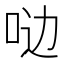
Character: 𫩸